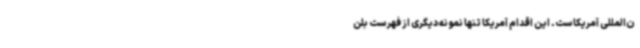
ن‌المللی آمریکاست. این اقدام آمریکا تنها نمونه دیگری از فهرست بلن